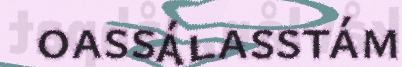
oassálasstám